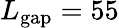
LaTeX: L_{\mathrm{gap}}=55